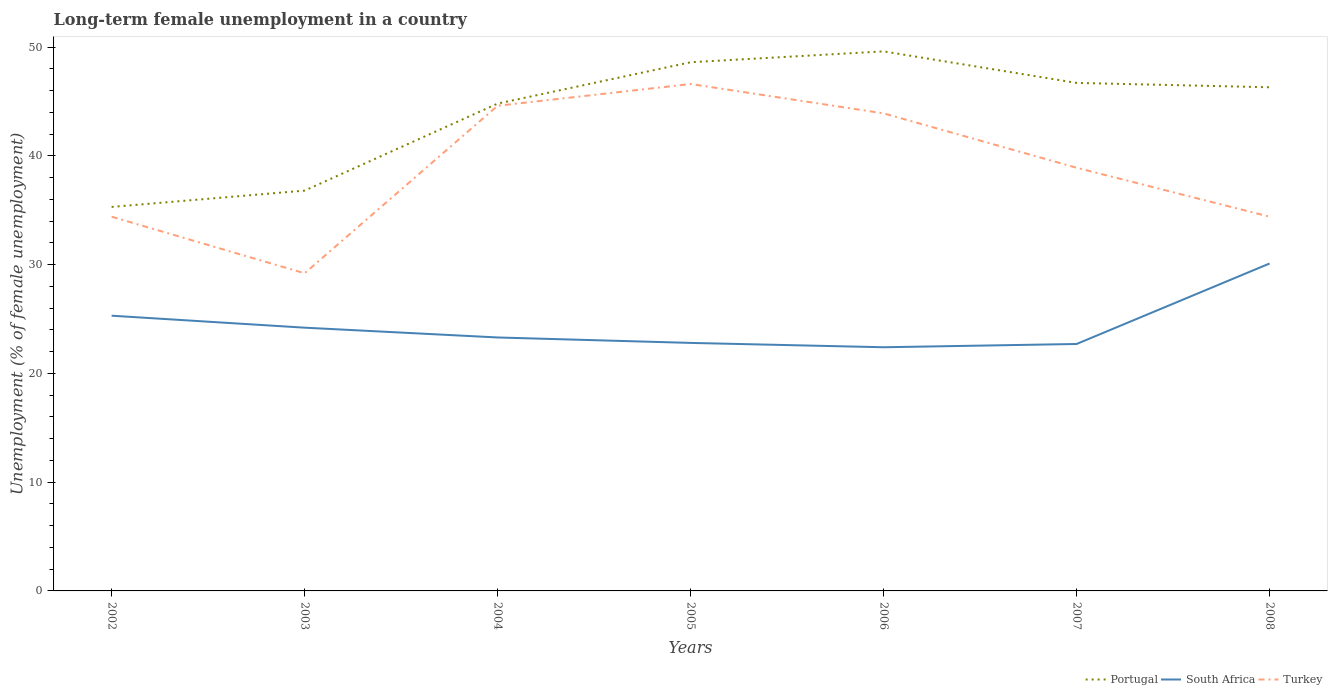
| Years | Portugal | South Africa | Turkey |
 | --- | --- | --- | --- |
 | 2002 | 35.3 | 25.3 | 34.4 |
 | 2003 | 36.8 | 24.2 | 29.2 |
 | 2004 | 44.8 | 23.3 | 44.6 |
 | 2005 | 48.6 | 22.8 | 46.6 |
 | 2006 | 49.6 | 22.4 | 43.9 |
 | 2007 | 46.7 | 22.7 | 38.9 |
 | 2008 | 46.3 | 30.1 | 34.4 |